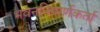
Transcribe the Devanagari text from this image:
भवननिमार्णकर्ता